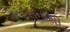
દસનામી